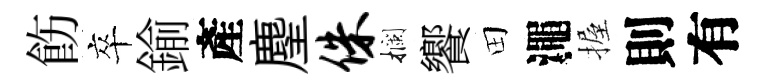
飭卒鍮產麈侏攔饗田澠握則有